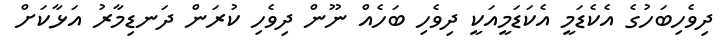
ދިވެހިބަހުގެ އެކެޑަމީ އެކަޑަމީއަކީ ދިވެހި ބަހެއް ނޫން ދިވެހި ކުރަން ދަނޑިމާރު އަޅާކަށް